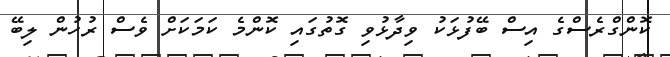
ކޮންގްރެސްގެ އިސް ބޭފުޅަކު ވިދާޅުވި ގޮތުގައި ކޮންމެ ކަމަކަށް ވެސް ރުހުން ލިބޭ